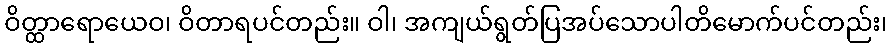
ဝိတ္ထာရောယေဝ၊ ဝိတာရပင်တည်း။ ဝါ၊ အကျယ်ရွတ်ပြအပ်သောပါတိမောက်ပင်တည်း၊